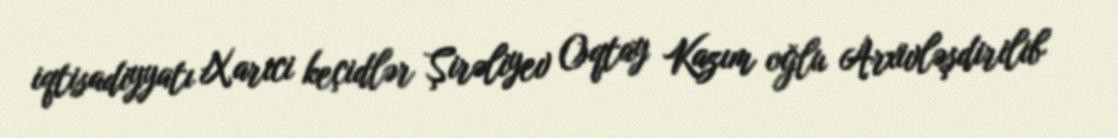
iqtisadiyyatı Xarici keçidlər Şirəliyev Oqtay Kazım oğlu Arxivləşdirilib